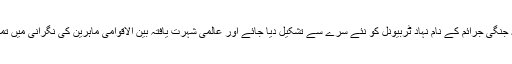
ساتھ ہی یہ بھی ناگزیر ہے کہ جنگی جرائم کے نام نہاد ٹربیونل کو نئے سِرے سے تشکیل دیا جائے اور عالمی شہرت یافتہ بین الاقوامی ماہرین کی نگرانی میں تمام معاملات کا جائزہ لیا جائے۔